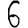
Digit: 6